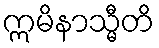
ဣမိနာသ္မီတိ